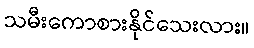
သမီးကောစားနိုင်သေးလား။